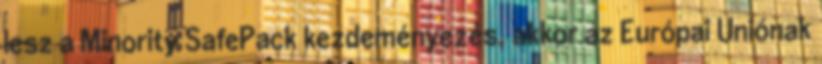
lesz a Minority SafePack kezdeményezés, akkor az Európai Uniónak